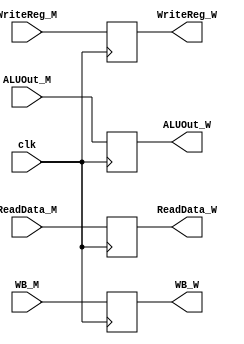
// MEM_WB.v

/* module MEM_WB: handles the pipelining from MEM to WB stages */
module MEM_WB(clk, WB_M, ReadData_M, ALUOut_M, WriteReg_M,
              WB_W, ReadData_W, ALUOut_W, WriteReg_W);

  /* declare inputs */
  input clk;
  input [1:0] WB_M;
  input [31:0] ReadData_M, ALUOut_M;
  input [4:0] WriteReg_M;

  /* declare outputs */
  output reg [1:0] WB_W;
  output reg [31:0] ReadData_W, ALUOut_W;
  output reg [4:0] WriteReg_W;

  /* initialize outputs to zero */
  initial begin
    WB_W <= 0;
    ReadData_W <= 0;
    ALUOut_W <= 0;
    WriteReg_W <= 0;
  end

  /* at positive clock edge handle pipe from IF to ID */
  always @(posedge clk)
  begin
    WB_W <= WB_M;
    ReadData_W <= ReadData_M;
    ALUOut_W <= ALUOut_M;
    WriteReg_W <= WriteReg_M;
  end

endmodule